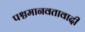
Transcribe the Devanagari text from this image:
पश्चमानवतावादी